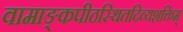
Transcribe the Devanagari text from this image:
वामाङ्कपीठस्थितदिव्यशक्तिम्